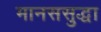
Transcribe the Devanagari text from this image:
मानससुद्धा